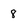
Character: 8